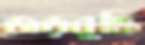
জড়বুদ্ধি